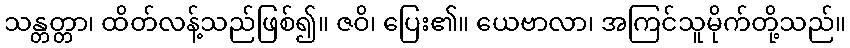
သန္တတ္တာ၊ ထိတ်လန့်သည်ဖြစ်၍။ ဇဝိ၊ ပြေး၏။ ယေဗာလာ၊ အကြင်သူမိုက်တို့သည်။